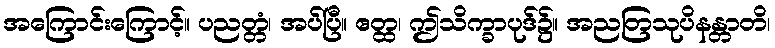
အကြောင်းကြောင့်။ ပညတ္တံ၊ အပ်ပြီ။ ဧတ္ထ၊ ဤသိက္ခာပုဒ်၌။ အညတြသုပိနန္တာတိ၊